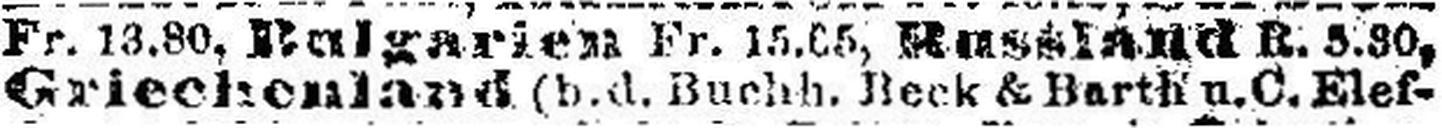
Griechenland (b.d. Buchh. Beck & Harth u.C. Elef¬